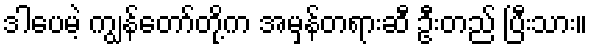
ဒါပေမဲ့ ကျွန်တော်တို့က အမှန်တရားဆီ ဦးတည် ပြီးသား။